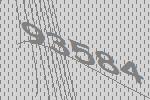
93584